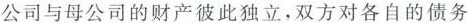
公司与母公司的财产彼此独立，双方对各自的债务